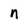
Character: n